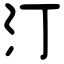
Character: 汀